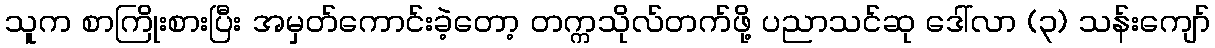
သူက စာကြိုးစားပြီး အမှတ်ကောင်းခဲ့တော့ တက္ကသိုလ်တက်ဖို့ ပညာသင်ဆု ဒေါ်လာ (၃) သန်းကျော်